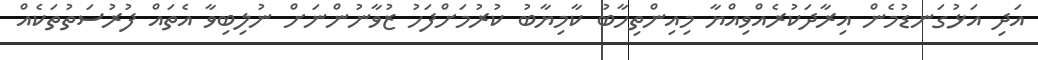
އަދި އަޅުގަނޑުމެން އިރާދަކުރެއްވިއްޔާ މިއިންތިހާބު ކާމިޔާބު ކުރުމަށްފަހު ޒުވާނުންނަށް ނުލިބިވާ އެތައް ފުރުސަތުތަކެއް